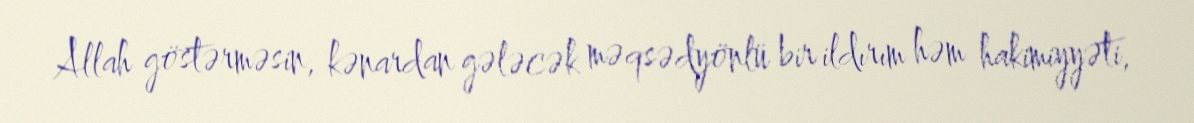
Allah göstərməsin, kənardan gələcək məqsədyönlü bir ildırım həm hakimiyyəti,